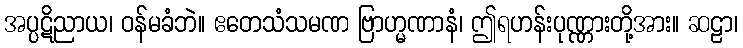
အပ္ပဋိညာယ၊ ဝန်မခံဘဲ။ ဧတေသံသမဏ ဗြာဟ္မဏာနံ၊ ဤရဟန်းပုဏ္ဏားတို့အား။ ဆဠာ၊